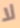
لا